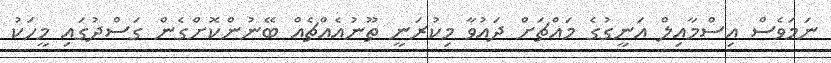
ނަމަވެސް އިސްމާއިލް އަނީގުގެ މައްޗަށް ދައުވާ މިކުރަނީ ތޫނުއެއްޗެއް ބޭނުންކޮށްގެން ގަސްދުގައި މީހަކު